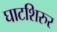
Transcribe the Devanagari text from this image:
घाटशिरुर